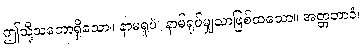
ဤသို့သဘောရှိသော။ နာမရူပံ၊ နာမ်ရုပ်မျှသာဖြစ်ထသော။ အတ္တဘာဝံ၊